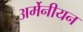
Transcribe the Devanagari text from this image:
अर्मेनीयन